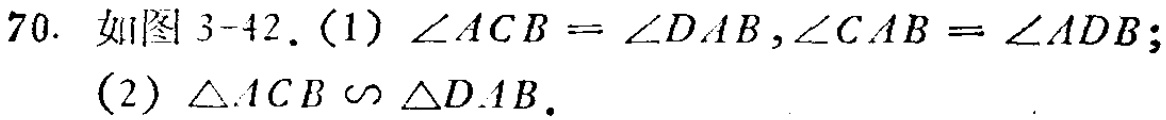
70. 如图3-42.（1）$\angle ACB = \angle DAB,\angle CAB=\angle ADB$;
（2）$\triangle ACB\sim\triangle DAB$.